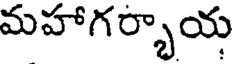
మహాగర్భాయ